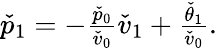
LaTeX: \begin{array}{r}{\check{p}_{1}=-\frac{\check{p}_{0}}{\check{v}_{0}}\check{v}_{1}+\frac{\check{\theta}_{1}}{\check{v}_{0}}.}\end{array}